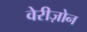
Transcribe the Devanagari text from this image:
वेरीज़ोन